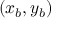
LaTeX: ( x _ { b } , y _ { b } )